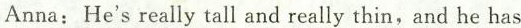
Anna: He's really tall and really thin, and he has